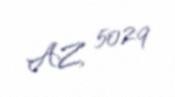
AZ 5029